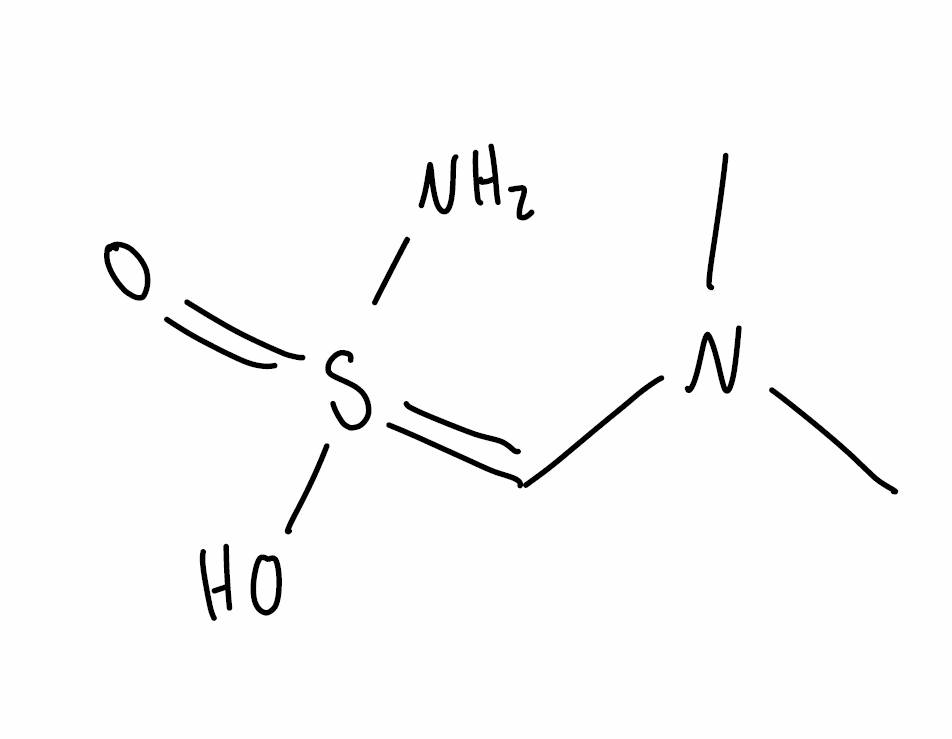
Simplified molecular-input line-entry system (SMILES) notation of the given molecule:
CN(C)C=S(=O)(N)O